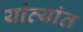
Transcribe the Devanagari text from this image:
यांव्यांत